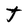
Character: t